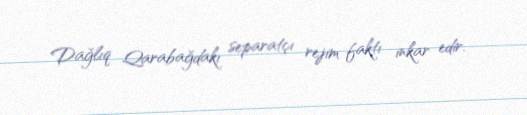
Dağlıq Qarabağdakı separatçı rejim faktı inkar edir.